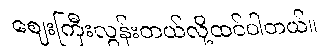
ဈေးကြီးလွန်းတယ်လို့ထင်ပါတယ်။